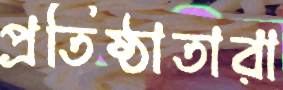
প্রতিষ্ঠাতারা